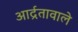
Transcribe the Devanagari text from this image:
आर्द्रतावाले